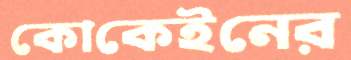
কোকেইনের